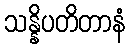
သန္နိပတိတာနံ